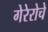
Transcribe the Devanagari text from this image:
गेरेरोचे